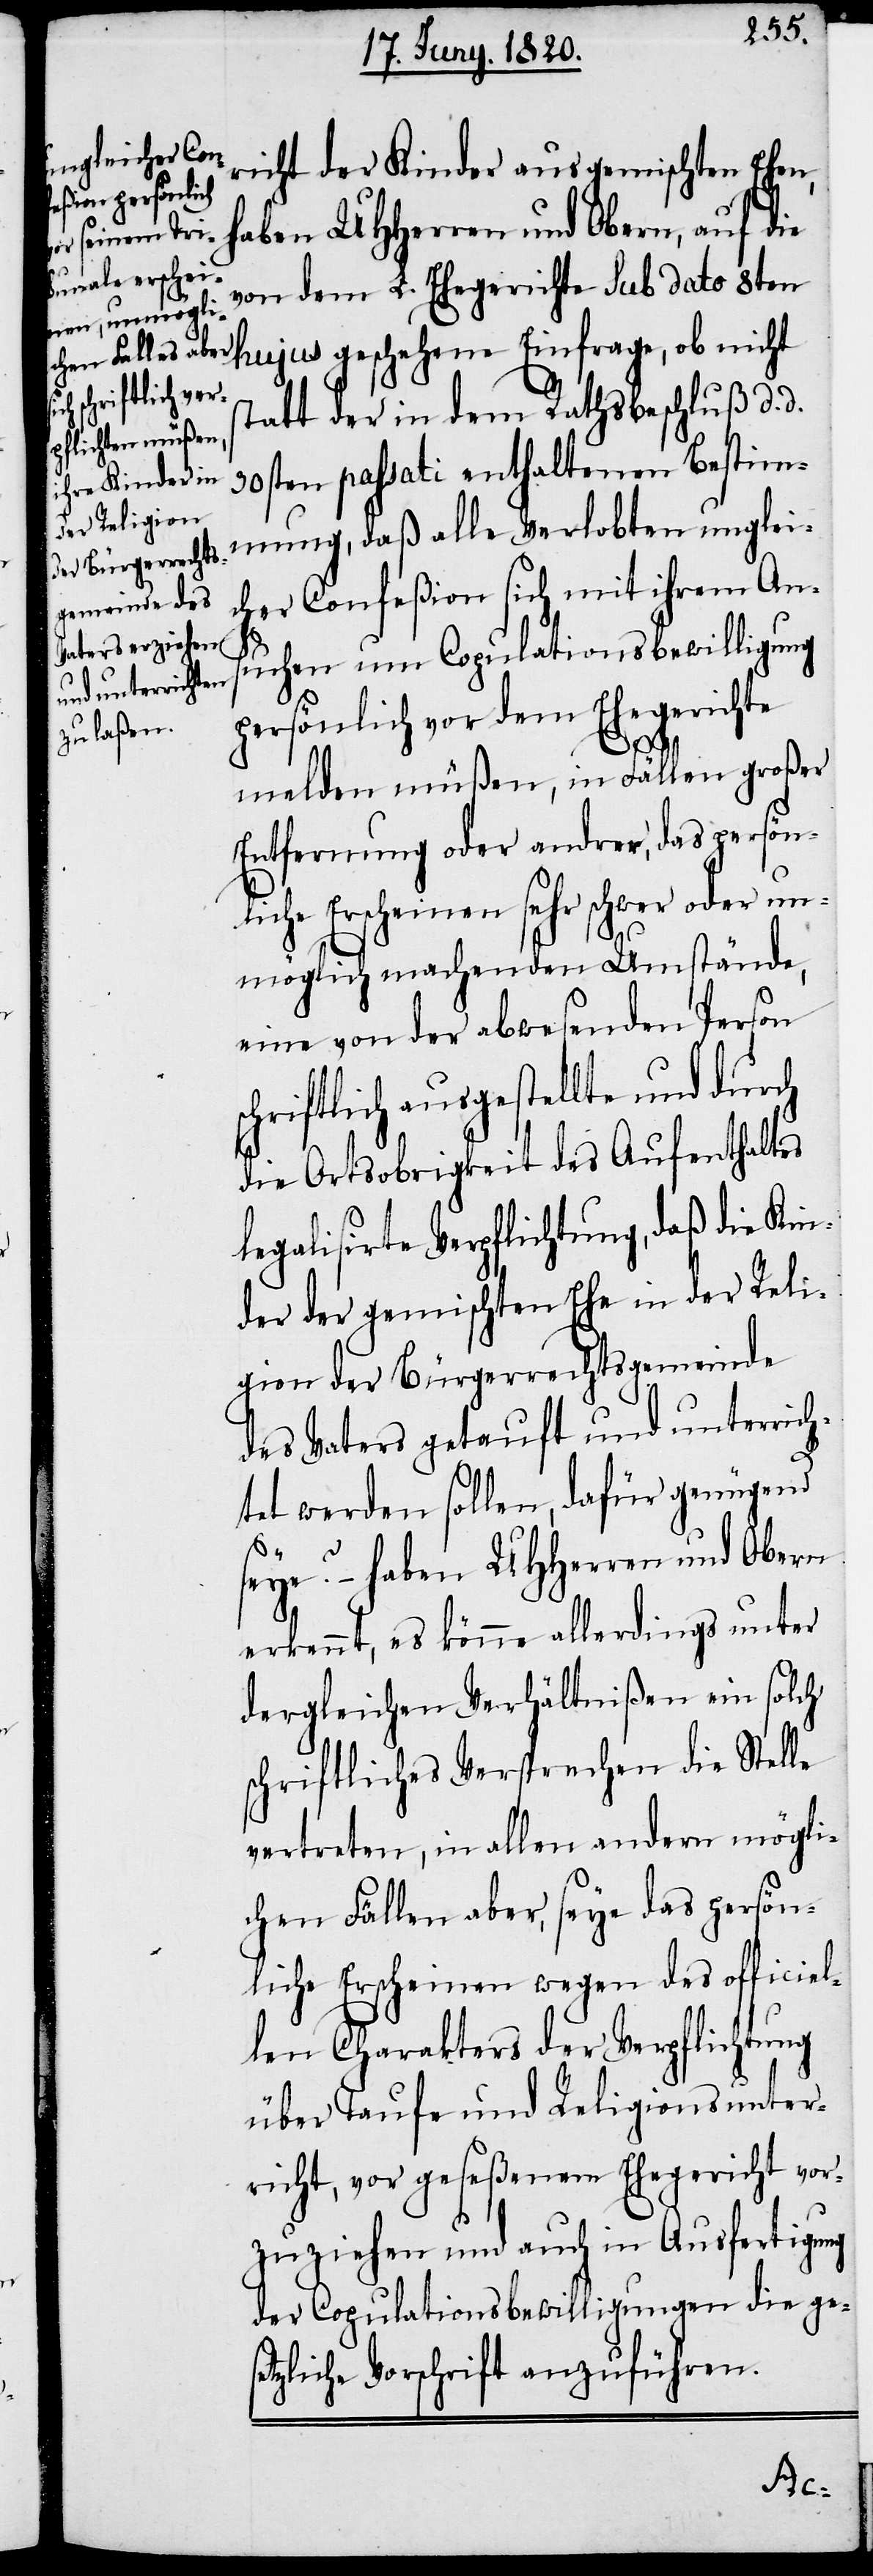
richt der Kinder aus gemischten Ehen,
haben UHherren und Obern, auf die
von dem L. Ehegericht sub dato 8ten
statt der in dem Rathsbeschluß d. d.
30sten passati enthaltenen Bestimm¬
ung, daß alle Verlobten unglei¬
cher Confeßion sich mit ihrem An¬
suchen um Copulationsbewilligung
persönlich vor dem Ehegerichte
melden müßen, in Fällen großer
Entfernung oder andrer, das persön¬
liche Erscheinen sehr schwer oder un¬
möglich machenden Umstände,
eine von der abwesenden Person
schriftlich ausgestellte und durch
die Ortsobrigkeit des Aufenthaltes
legalisirte Verpflichtung, daß die Kin¬
der der gemischten Ehe in der Reli¬
gion der Bürgerrechtsgemeinde
des Vaters getauft und unterrich¬
tet werden sollen, dafür genügend
seye? – haben UHherren und Obern
erkennt, es könne allerdings unter
dergleichen Verhältnißen ein solch
schriftliches Versprechen die Stelle
vertreten, in allen andern mögli¬
chen Fällen aber, seye das persön¬
liche Erscheinen wegen des officiel¬
len Charakters der Verpflichtung
über Taufe und Religionsunter¬
richt, vor geseßenem Ehegericht vor¬
zuziehen und auch in Ausfertigung
der Copulationsbewilligungen die ge¬
setzliche Vorschrift anzuführen.